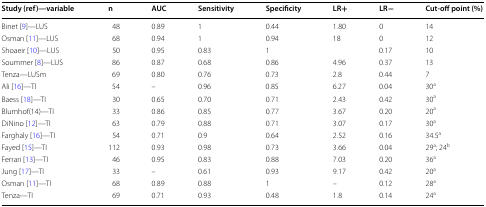
<table><thead><tr><td><b>Study (ref)—variable</b></td><td><b>n</b></td><td><b>AUC</b></td><td><b>Sensitivity</b></td><td><b>Specificity</b></td><td><b>LR+</b></td><td><b>LR−</b></td><td><b>Cut-off point (%)</b></td></tr></thead><tbody><tr><td>Binet [9]—LUS</td><td>48</td><td>0.89</td><td>1</td><td>0.44</td><td>1.80</td><td>0</td><td>14</td></tr><tr><td>Osman [11]—LUS</td><td>68</td><td>0.94</td><td>1</td><td>0.94</td><td>18</td><td>0</td><td>12</td></tr><tr><td>Shoaeir [10]—LUS</td><td>50</td><td>0.95</td><td>0.83</td><td>1</td><td></td><td>0.17</td><td>10</td></tr><tr><td>Soummer [8]—LUS</td><td>86</td><td>0.87</td><td>0.68</td><td>0.86</td><td>4.96</td><td>0.37</td><td>13</td></tr><tr><td>Tenza—LUSm</td><td>69</td><td>0.80</td><td>0.76</td><td>0.73</td><td>2.8</td><td>0.44</td><td>7</td></tr><tr><td>Ali [16]—TI</td><td>54</td><td>–</td><td>0.96</td><td>0.85</td><td>6.27</td><td>0.04</td><td>30<sup>a</sup></td></tr><tr><td>Baess [18]—TI</td><td>30</td><td>0.65</td><td>0.70</td><td>0.71</td><td>2.43</td><td>0.42</td><td>30<sup>a</sup></td></tr><tr><td>Blumhof(14)—TI</td><td>33</td><td>0.86</td><td>0.85</td><td>0.77</td><td>3.67</td><td>0.20</td><td>20<sup>a</sup></td></tr><tr><td>DiNino [12]—TI</td><td>63</td><td>0.79</td><td>0.88</td><td>0.71</td><td>3.07</td><td>0.17</td><td>30<sup>a</sup></td></tr><tr><td>Farghaly [16]—TI</td><td>54</td><td>0.71</td><td>0.9</td><td>0.64</td><td>2.52</td><td>0.16</td><td>34.5<sup>a</sup></td></tr><tr><td>Fayed [15]—TI</td><td>112</td><td>0.93</td><td>0.98</td><td>0.73</td><td>3.66</td><td>0.04</td><td>29<sup>a</sup>; 24<sup>b</sup></td></tr><tr><td>Ferrari [13]—TI</td><td>46</td><td>0.95</td><td>0.83</td><td>0.88</td><td>7.03</td><td>0.20</td><td>36<sup>a</sup></td></tr><tr><td>Jung [17]—TI</td><td>33</td><td>–</td><td>0.61</td><td>0.93</td><td>9.17</td><td>0.42</td><td>20<sup>a</sup></td></tr><tr><td>Osman [11]—TI</td><td>68</td><td>0.89</td><td>0.88</td><td>1</td><td>–</td><td>0.12</td><td>28<sup>a</sup></td></tr><tr><td>Tenza—TI</td><td>69</td><td>0.71</td><td>0.93</td><td>0.48</td><td>1.8</td><td>0.14</td><td>24<sup>a</sup></td></tr></tbody></table>